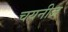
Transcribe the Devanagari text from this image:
चयनीज